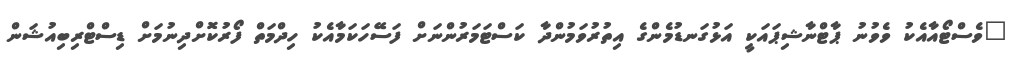
"ވެސްޓޯއާއެކު ވެވުނު ޕާޓްނާޝިޕައަކީ އަޅުގަނޑުމެންގެ އިތުރުވަމުންދާ ކަސްޓަމަރުންނަށް ފަސޭހަކަމާއެކު ހިދްމަތް ފޯރުކޮށްދިނުމަށް ޑިސްޓްރިބިއުޝަން